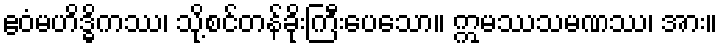
ဧဝံမဟိဒ္ဓိကဿ၊ သို့စင်တန်ခိုးကြီးပေသော။ ဣမဿသမဏဿ၊ အား။